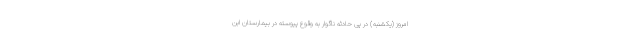
امروز (یکشنبه) در پی حادثه ناگوار به وقوع پیوسته در بیمارستان ابن